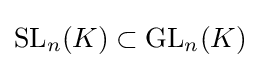
\operatorname {SL} _{n}(K)\subset \operatorname {GL} _{n}(K)